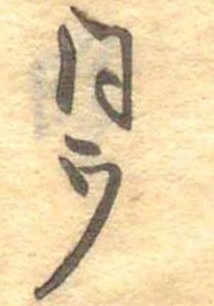
同ウ